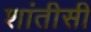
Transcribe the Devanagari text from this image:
शांतीसी